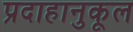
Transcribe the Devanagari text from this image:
प्रदाहानुकूल